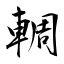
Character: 輖